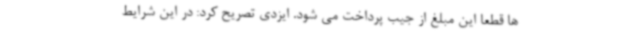
ها قطعا این مبلغ از جیب پرداخت می شود. ایزدی تصریح کرد: در این شرایط